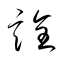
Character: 詮